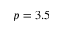
p = 3 . 5